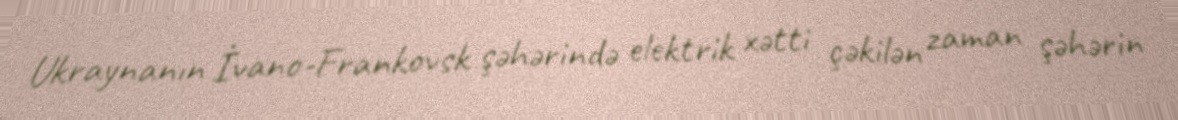
Ukraynanın İvano-Frankovsk şəhərində elektrik xətti çəkilən zaman şəhərin